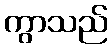
ကွာသည်